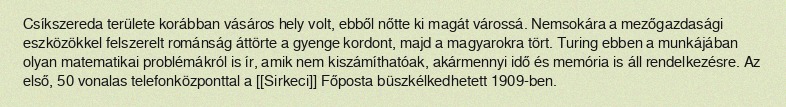
Csíkszereda területe korábban vásáros hely volt, ebből nőtte ki magát várossá. Nemsokára a mezőgazdasági eszközökkel felszerelt románság áttörte a gyenge kordont, majd a magyarokra tört. Turing ebben a munkájában olyan matematikai problémákról is ír, amik nem kiszámíthatóak, akármennyi idő és memória is áll rendelkezésre. Az első, 50 vonalas telefonközponttal a [[Sirkeci]] Főposta büszkélkedhetett 1909-ben.